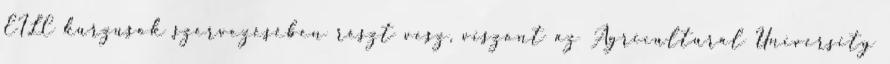
EILC kurzusok szervezésében részt vesz, viszont az Agricultural University